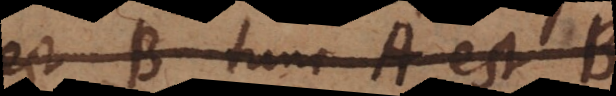
est B tunc C est D